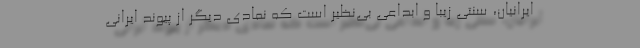
ایرانیان، سنتی زیبا و ابداعی بی‌نظیر است که نمادی دیگر از پیوند ایرانی